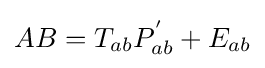
AB=T_{ab}P_{ab}^{'}+E_{ab}